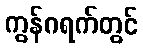
ကွန်ဂရက်တွင်